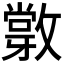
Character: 𢿽